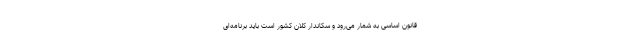
قانون اساسی به شمار می‌رود و سکاندار کلان کشور است باید برنامه‌ای